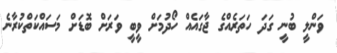
ވަންލީ ބުނީ ގަދަ ހަތަރެއްގެ ޖާގައެއް ހޯދުމަށް ވީބީ ވަރަށް ބޮޑަށް މަސައްކަތްކުރާނެ